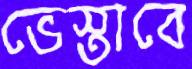
ভেস্তাবে